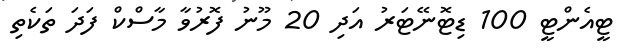
ޓީއެންޓީ 100 ޑިޓޮނޭޓަރު އަދި 20 މޫނު ފޮރުވާ މާސްކް ފަދަ ތަކެތި